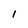
Character: 1